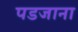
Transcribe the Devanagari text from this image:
पडजाना